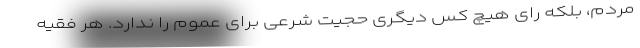
مردم، بلکه رای هیچ کس دیگری حجیت شرعی برای عموم را ندارد. هر فقیه